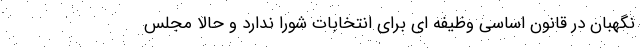
نگهبان در قانون اساسی وظیفه ای برای انتخابات شورا ندارد و حالا مجلس